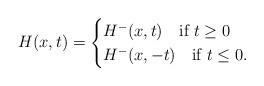
LaTeX: \begin{align*}H(x,t)=\begin{cases}H^-(x,t)\quad\mbox{if }t\ge 0\\H^-(x,-t)\quad\mbox{if }t\le 0.\end{cases}\end{align*}